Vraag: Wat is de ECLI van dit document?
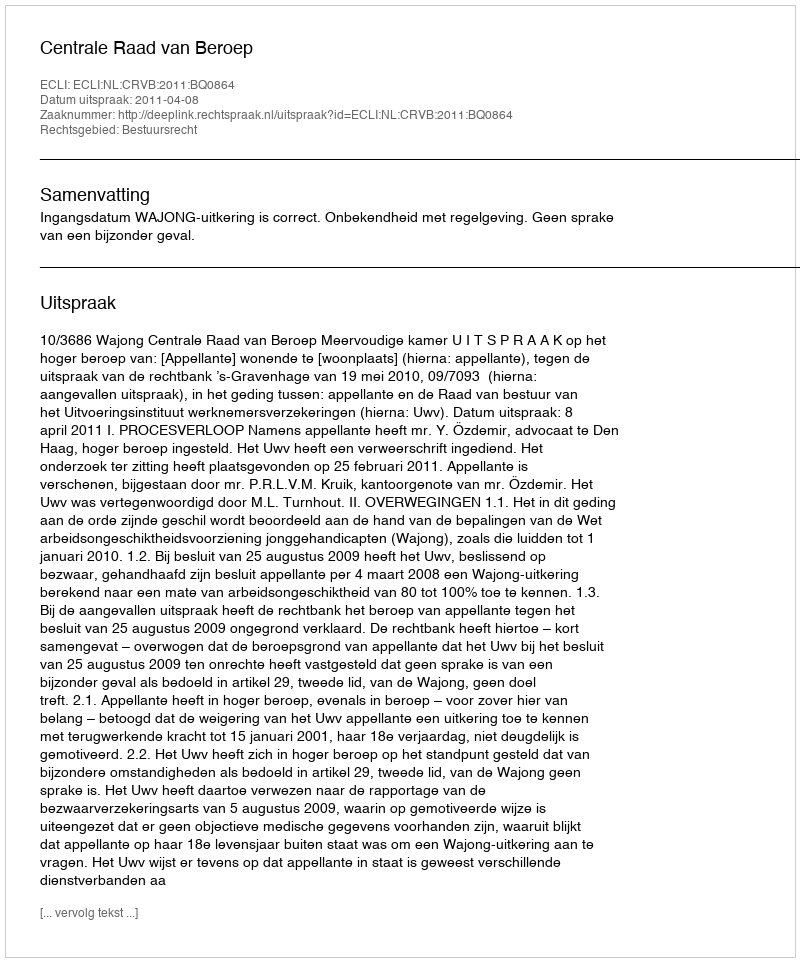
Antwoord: ECLI:NL:CRVB:2011:BQ0864